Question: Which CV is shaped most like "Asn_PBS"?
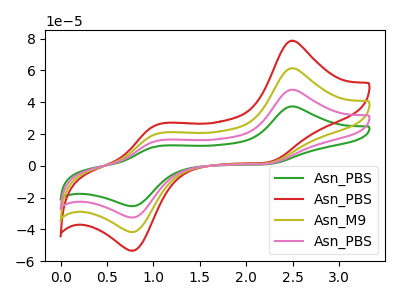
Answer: <think>The green curve "Asn_PBS" has anodic peaks at (2.50V, 37.40uA) (1.05V, 12.40uA) and cathodic peaks at (2.20V, 0.95uA) (0.80V, -25.35uA). The red curve "Asn_PBS" has anodic peaks at (2.50V, 143.70uA) (1.05V, 47.65uA) and cathodic peaks at (2.20V, 3.75uA) (0.80V, -97.40uA). The olive curve "Asn_M9" has anodic peaks at (2.50V, 95.80uA) (1.05V, 31.75uA) and cathodic peaks at (2.20V, 2.50uA) (0.80V, -64.95uA). The pink curve "Asn_PBS" has anodic peaks at (2.50V, 47.90uA) (1.05V, 15.90uA) and cathodic peaks at (2.20V, 1.25uA) (0.80V, -32.45uA).
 All the peaks in "Asn_PBS" have a peak in "Asn_PBS" at the same potential. All the peaks in "Asn_PBS" have a peak in "Asn_M9" at the same potential. All the peaks in "Asn_PBS" have a peak in "Asn_PBS" at the same potential. All the peaks in "Asn_PBS" have a peak in "Asn_M9" at the same potential. All the peaks in "Asn_PBS" have a peak in "Asn_PBS" at the same potential. All the peaks in "Asn_M9" have a peak in "Asn_PBS" at the same potential.</think>
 <answer>"Asn_PBS", "Asn_M9" and "Asn_PBS" have a similar shape to "Asn_PBS".</answer>
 <eval>"Asn_PBS" "Asn_M9" "Asn_PBS"</eval>